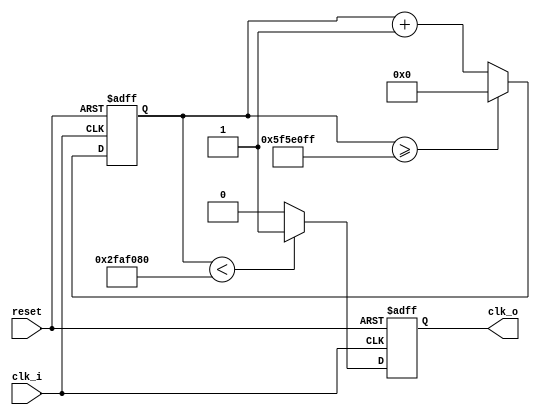
module clock_div_to_1Hz(
    input clk_i, reset,
    output reg clk_o
    );
    reg[29:0] counter = 30'd0;
    integer DIVISOR = 100000000; //need 28 bits for 100000000
    always @(posedge clk_i or negedge reset) begin
        if(!reset) begin
            clk_o <= 0;
            counter <= 0;
        end else begin
        counter <= counter + 1;
           if(counter >= (DIVISOR-1))
            counter <= 0;
           clk_o <= (counter<DIVISOR/2)?1'b1:1'b0;
           end
     end
endmodule